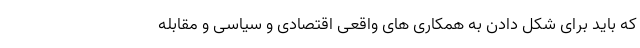
که باید برای شکل دادن به همکاری های واقعی اقتصادی و سیاسی و مقابله